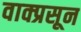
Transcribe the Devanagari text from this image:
वाक्प्रसून